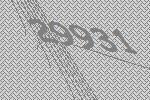
29931